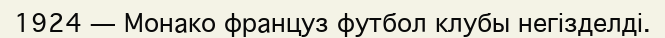
1924 — Монако француз футбол клубы негізделді.